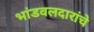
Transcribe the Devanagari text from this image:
भांडवलदारांचे